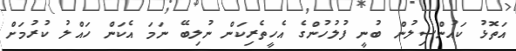
އަތޮޅު ކައުންސިލުން ބުނީ ފުލުހުންގެ އެހީތެރިކަން ނުލިބޭ ނަމަ އެކަން ހައްލު ކުރުމަށް